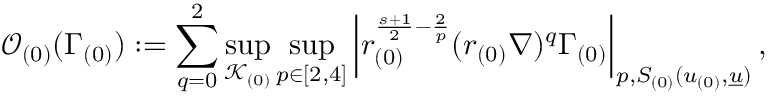
\mathcal { O } _ { ( 0 ) } ( \Gamma _ { ( 0 ) } ) : = \sum _ { q = 0 } ^ { 2 } \operatorname* { s u p } _ { \mathcal { K } _ { ( 0 ) } } \operatorname* { s u p } _ { p \in [ 2 , 4 ] } \left| r _ { ( 0 ) } ^ { \frac { s + 1 } { 2 } - \frac { 2 } { p } } ( r _ { ( 0 ) } \nabla ) ^ { q } \Gamma _ { ( 0 ) } \right| _ { p , S _ { ( 0 ) } ( u _ { ( 0 ) } , { \underline { { u } } } ) } ,